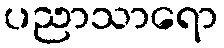
ပညာသာရော